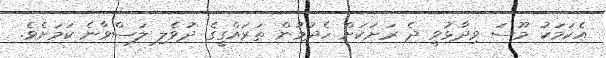
އެކަމަކު މޫސަ ވިދާޅުވީ ދެ ރަށަކަށް ހެދުމުން ތަރައްގީގެ ދުވެލި ލަސްވާނެ ކަމަށެވެ.